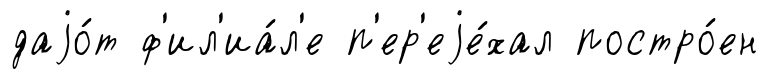
даjо́т ф'ил'иа́л'е п'ер'еjе́хал постро́ен